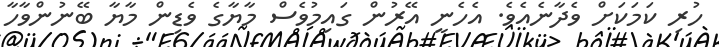
ހުރި ކަމަކަށް ވެދާނެއެވެ. އެހެނީ އޭރުން ގައިމުވެސް މާޔާގެ ވެޑިން މާޔާ ބޭނުންވާހާ